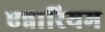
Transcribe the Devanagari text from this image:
एन्नारियम